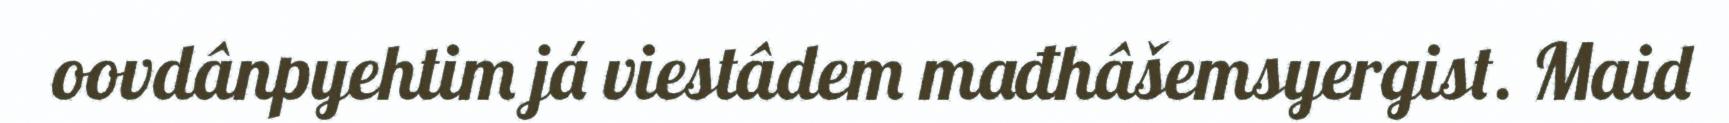
oovdânpyehtim já viestâdem mađhâšemsyergist. Maid